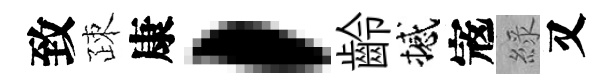
致疎康，齡撼𡨥綠又